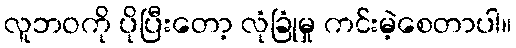
လူဘဝကို ပိုပြီးတော့ လုံခြုံမှု ကင်းမဲ့စေတာပါ။